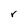
Character: r